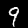
Label: 9